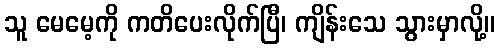
သူ မေမေ့ကို ကတိပေးလိုက်ပြီ၊ ကျိန်းသေ သွားမှာလို့။